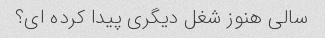
سالی هنوز شغل دیگری پیدا کرده ای؟